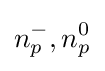
n_{p}^{-},n_{p}^{0}